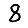
Digit: 8